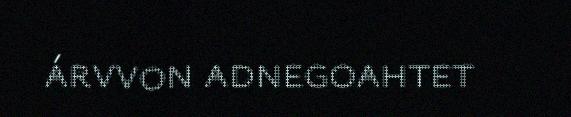
árvvon adnegoahtet